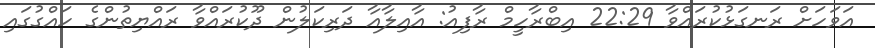
އަވަހަށް ރަނގަޅުކުރައްވާ 22:29 އިބްރާހީމް ރާފިއު: އާއިލާއާ ދަރިކަލުން ދޫކުރައްވާ ރައްޔިތުންގެ ހައްގުގައި